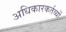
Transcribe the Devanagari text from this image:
अधिकारकर्तव्यों